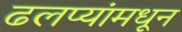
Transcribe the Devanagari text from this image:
ढलप्यांमधून